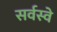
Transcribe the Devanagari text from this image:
सर्वस्वे